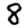
Digit: 8